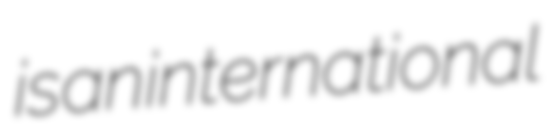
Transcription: is an international